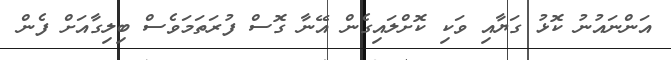
އަންނައުނު ކޮޅު ގަޔާއި ވަކި ކޮށްލައިގެން އޭނާ ގޮސް ފުރަތަމަވެސް ބިލިގާއަށް ފެން